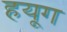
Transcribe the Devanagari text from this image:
हयूग